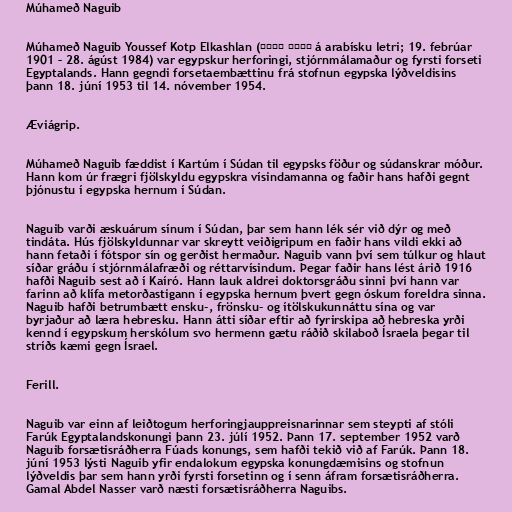
Múhameð Naguib

Múhameð Naguib Youssef Kotp Elkashlan (محمد نجيب á arabísku letri; 19. febrúar
1901 – 28. ágúst 1984) var egypskur herforingi, stjórnmálamaður og fyrsti forseti
Egyptalands. Hann gegndi forsetaembættinu frá stofnun egypska lýðveldisins
þann 18. júní 1953 til 14. nóvember 1954.

Æviágrip.

Múhameð Naguib fæddist í Kartúm í Súdan til egypsks föður og súdanskrar móður.
Hann kom úr frægri fjölskyldu egypskra vísindamanna og faðir hans hafði gegnt
þjónustu í egypska hernum í Súdan.

Naguib varði æskuárum sínum í Súdan, þar sem hann lék sér við dýr og með
tindáta. Hús fjölskyldunnar var skreytt veiðigripum en faðir hans vildi ekki að
hann fetaði í fótspor sín og gerðist hermaður. Naguib vann því sem túlkur og hlaut
síðar gráðu í stjórnmálafræði og réttarvísindum. Þegar faðir hans lést árið 1916
hafði Naguib sest að í Kaíró. Hann lauk aldrei doktorsgráðu sinni því hann var
farinn að klífa metorðastigann í egypska hernum þvert gegn óskum foreldra sinna.
Naguib hafði betrumbætt ensku-, frönsku- og ítölskukunnáttu sína og var
byrjaður að læra hebresku. Hann átti síðar eftir að fyrirskipa að hebreska yrði
kennd í egypskum herskólum svo hermenn gætu ráðið skilaboð Ísraela þegar til
stríðs kæmi gegn Ísrael.

Ferill.

Naguib var einn af leiðtogum herforingjauppreisnarinnar sem steypti af stóli
Farúk Egyptalandskonungi þann 23. júlí 1952. Þann 17. september 1952 varð
Naguib forsætisráðherra Fúads konungs, sem hafði tekið við af Farúk. Þann 18.
júní 1953 lýsti Naguib yfir endalokum egypska konungdæmisins og stofnun
lýðveldis þar sem hann yrði fyrsti forsetinn og í senn áfram forsætisráðherra.
Gamal Abdel Nasser varð næsti forsætisráðherra Naguibs.